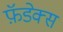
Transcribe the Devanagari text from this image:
फ़ॅडेक्स